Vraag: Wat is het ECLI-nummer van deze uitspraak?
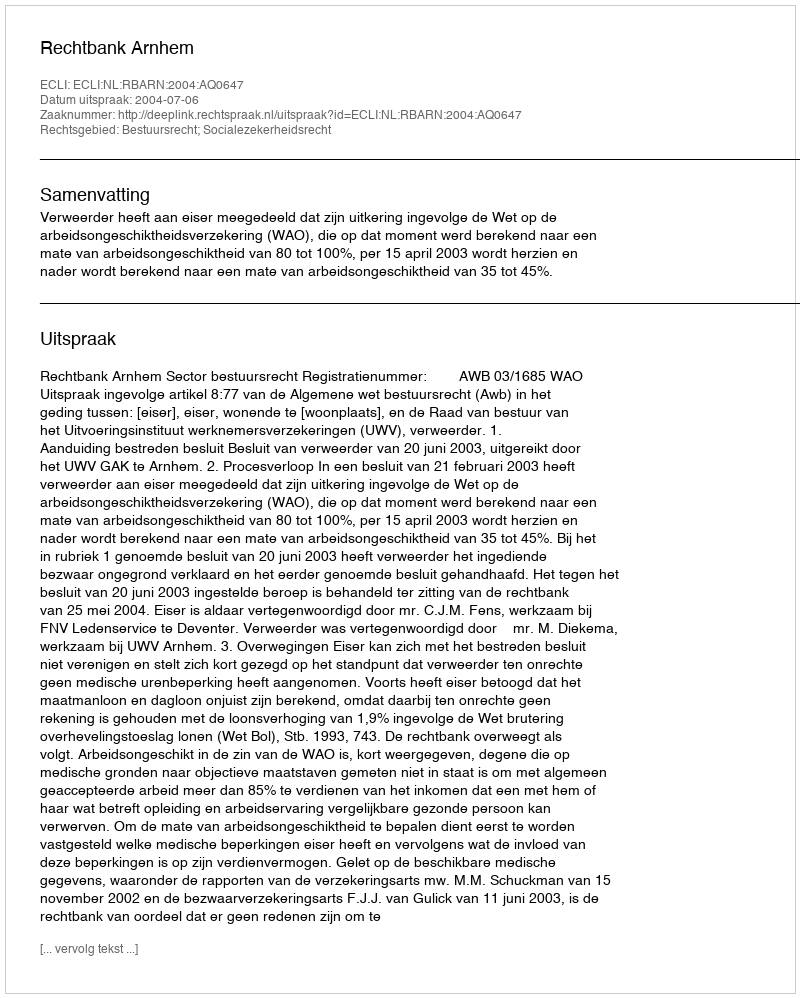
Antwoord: ECLI:NL:RBARN:2004:AQ0647